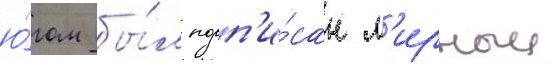
ю́гом бы́л подп'и́сан м'ирныи